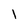
Character: l